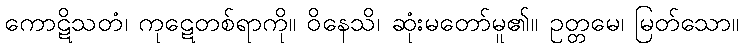
ကောဋိသတံ၊ ကုဋေတစ်ရာကို။ ဝိနေသိ၊ ဆုံးမတော်မူ၏။ ဥတ္တမေ၊ မြတ်သော။